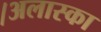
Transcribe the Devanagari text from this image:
।अलास्का